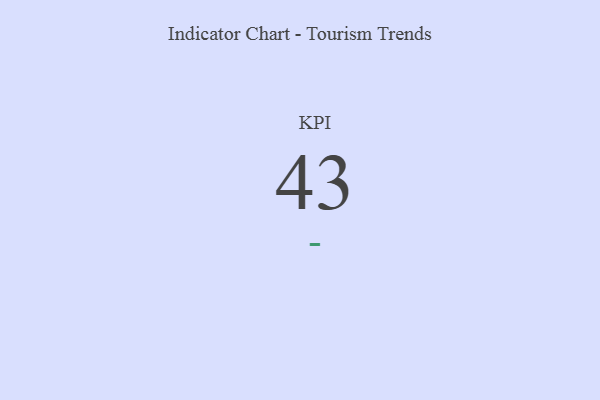
{"axis": {"x": "KPI", "y": "Value"}, "legend": [""], "data": [{"x": "KPI", "y": 43, "type": ""}]}